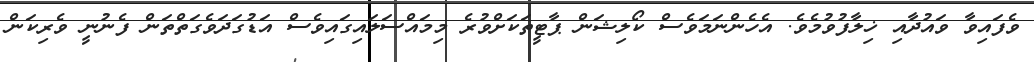
ވެފައިވާ ވައުދާއި ޚިލާފުވުމެވެ. އެހެންނަމަވެސް ކޯލިޝަން ޕާޓީތަކަށްވުރެ މިމައްސަލައިގައިވެސް އަޑުގަދަވެގަތްތަން ފެނުނީ ވެރިކަން